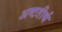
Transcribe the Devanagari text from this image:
अष्‍टतीर्थ